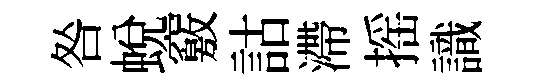
咎蜕竅詁滯摇識